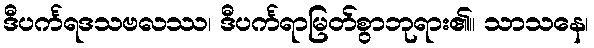
ဒီပင်္ကရဒသဗလဿ၊ ဒီပင်္ကရာမြတ်စွာဘုရား၏။ သာသနေ၊